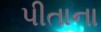
પીતાના